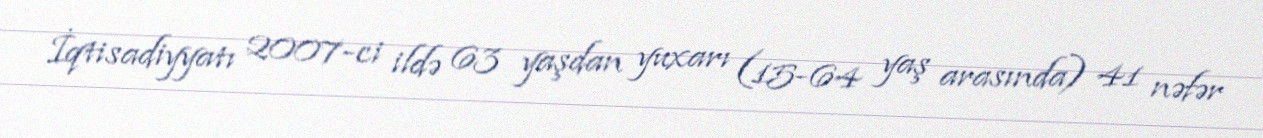
İqtisadiyyatı 2007-ci ildə 63 yaşdan yuxarı (15-64 yaş arasında) 41 nəfər